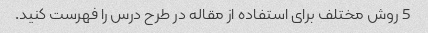
5 روش مختلف برای استفاده از مقاله در طرح درس را فهرست کنید.